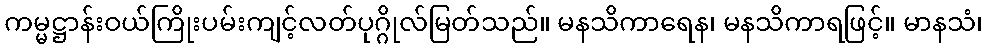
ကမ္မဋ္ဌာန်းဝယ်ကြိုးပမ်းကျင့်လတ်ပုဂ္ဂိုလ်မြတ်သည်။ မနသိကာရေန၊ မနသိကာရဖြင့်။ မာနသံ၊